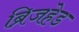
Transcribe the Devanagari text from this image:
ब्रिजहेड